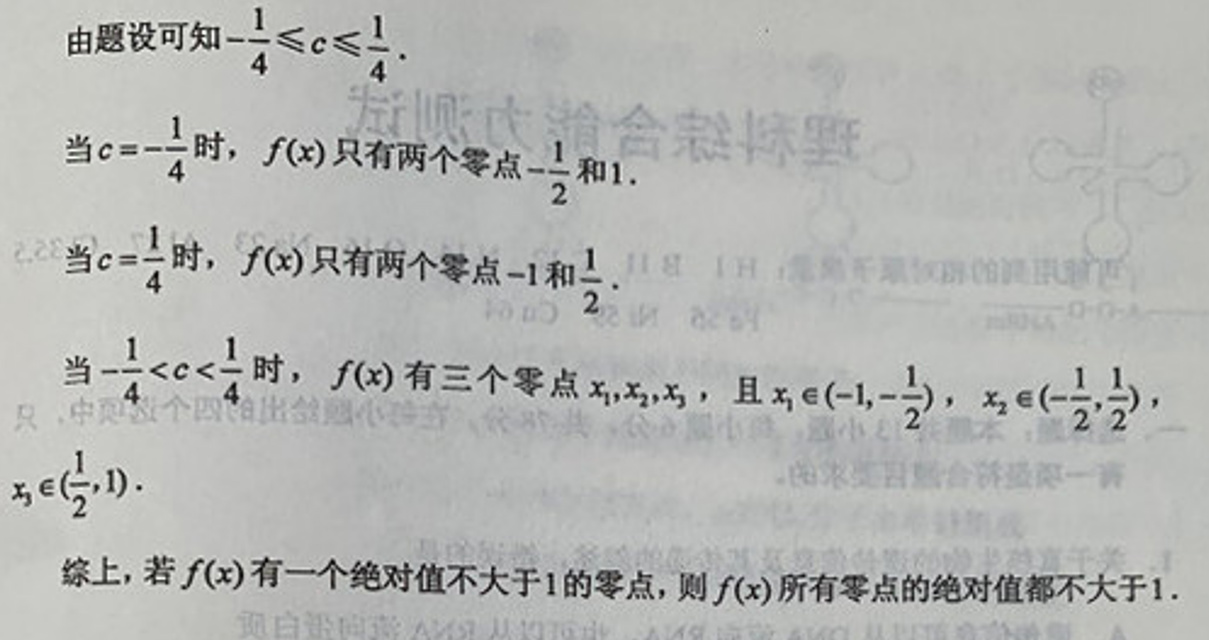
由题设可知\(-\frac{1}{4} \leq c \leq \frac{1}{4}\).

当\(c = -\frac{1}{4}\)时，\(f(x)\)只有两个零点\(-\frac{1}{2}\)和\(1\).

当\(c=\frac{1}{4}\)时，\(f(x)\)只有两个零点\(-1\)和\(\frac{1}{2}\).

当\(-\frac{1}{4}<c<\frac{1}{4}\)时，\(f(x)\)有三个零点\(x_1,x_2,x_3\)，且\(x_1\in (-1,-\frac{1}{2})\)，\(x_2\in (-\frac{1}{2},\frac{1}{2})\)，\(x_3\in (\frac{1}{2},1)\).

综上，若\(f(x)\)有一个绝对值不大于\(1\)的零点，则\(f(x)\)所有零点的绝对值都不大于\(1\).